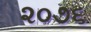
૨૦૭૬